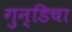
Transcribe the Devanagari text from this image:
गुन्डिचा